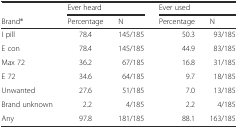
|  | <COLSPAN=2> Ever heard | <COLSPAN=2> Ever used |
 | Brand® | Percentage | N | Percentage | N |
 | --- | --- | --- | --- | --- |
 | I pill | 78.4 | 145/185 | 50.3 | 93/185 |
 | E con | 78.4 | 145/185 | 44.9 | 83/185 |
 | Max 72 | 36.2 | 67/185 | 16.8 | 31/185 |
 | E 72 | 34.6 | 64/185 | 9.7 | 18/185 |
 | Unwanted | 27.6 | 51/185 | 7.0 | 13/185 |
 | Brand unknown | 2.2 | 4/185 | 2.2 | 4/185 |
 | Any | 97.8 | 181/185 | 88.1 | 163/185 |